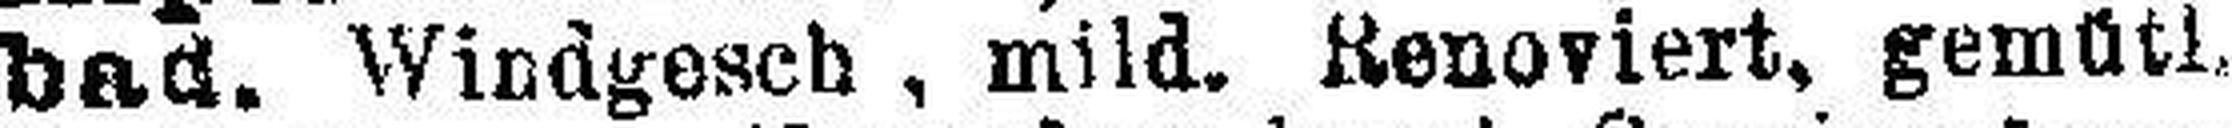
bad. Windgesch, mild. Renoviert, gemütl,